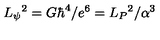
L _ { \psi } { } ^ { 2 } = G \hbar ^ { 4 } / e ^ { 6 } = L _ { P } { } ^ { 2 } / \alpha ^ { 3 }